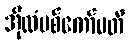
အိုလံပစ်ကော်မတီ